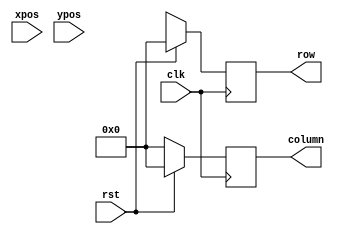
module odczyt_wspol_myszki (
	input wire clk, rst,
	//input wire released,
	//input wire [2:0] color,
	input  wire [11:0] xpos, ypos,
	//input wire [3:0] random_c, random_r,
	
	output reg [3:0] column, row
	);
	
localparam	UP = 32,
			LEFT = 256,
			SQUARE_SIZE = 64;

reg [6:0] column_nxt, row_nxt, col_nxt, r_nxt, xpos_nxt, ypos_nxt;
reg [2:0] color_nxt;


	always @(posedge clk)
		begin
			if(rst) begin
				column <= 0;
				row <= 0;
				//color <= color_nxt;
			end
			else begin
				column <= column_nxt;
				row <= row_nxt;
				//color <= color_nxt;
			end
		end

	always @*
	begin
		xpos_nxt = xpos - LEFT;
		ypos_nxt = ypos - UP;
		col_nxt = xpos_nxt[9 : 6] + 1;
		r_nxt = ypos_nxt[9:6] + 1;
//		column_nxt = released ? col_nxt : random_c;
//		row_nxt = released ? r_nxt : random_r;
	end
endmodule